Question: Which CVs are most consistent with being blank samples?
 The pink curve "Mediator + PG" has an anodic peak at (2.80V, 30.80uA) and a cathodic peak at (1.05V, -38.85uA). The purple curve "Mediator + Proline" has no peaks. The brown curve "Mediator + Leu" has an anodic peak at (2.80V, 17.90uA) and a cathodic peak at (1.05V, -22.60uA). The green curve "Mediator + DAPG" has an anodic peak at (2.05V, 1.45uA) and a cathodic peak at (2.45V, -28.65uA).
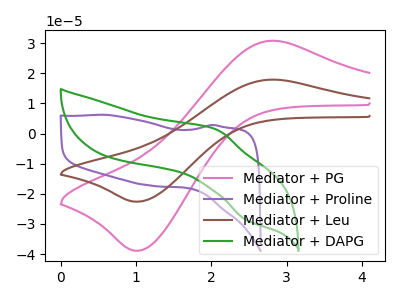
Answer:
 <answer>"Mediator + Proline" is likely to be a blank.</answer>
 <eval>Mediator + Proline</eval>